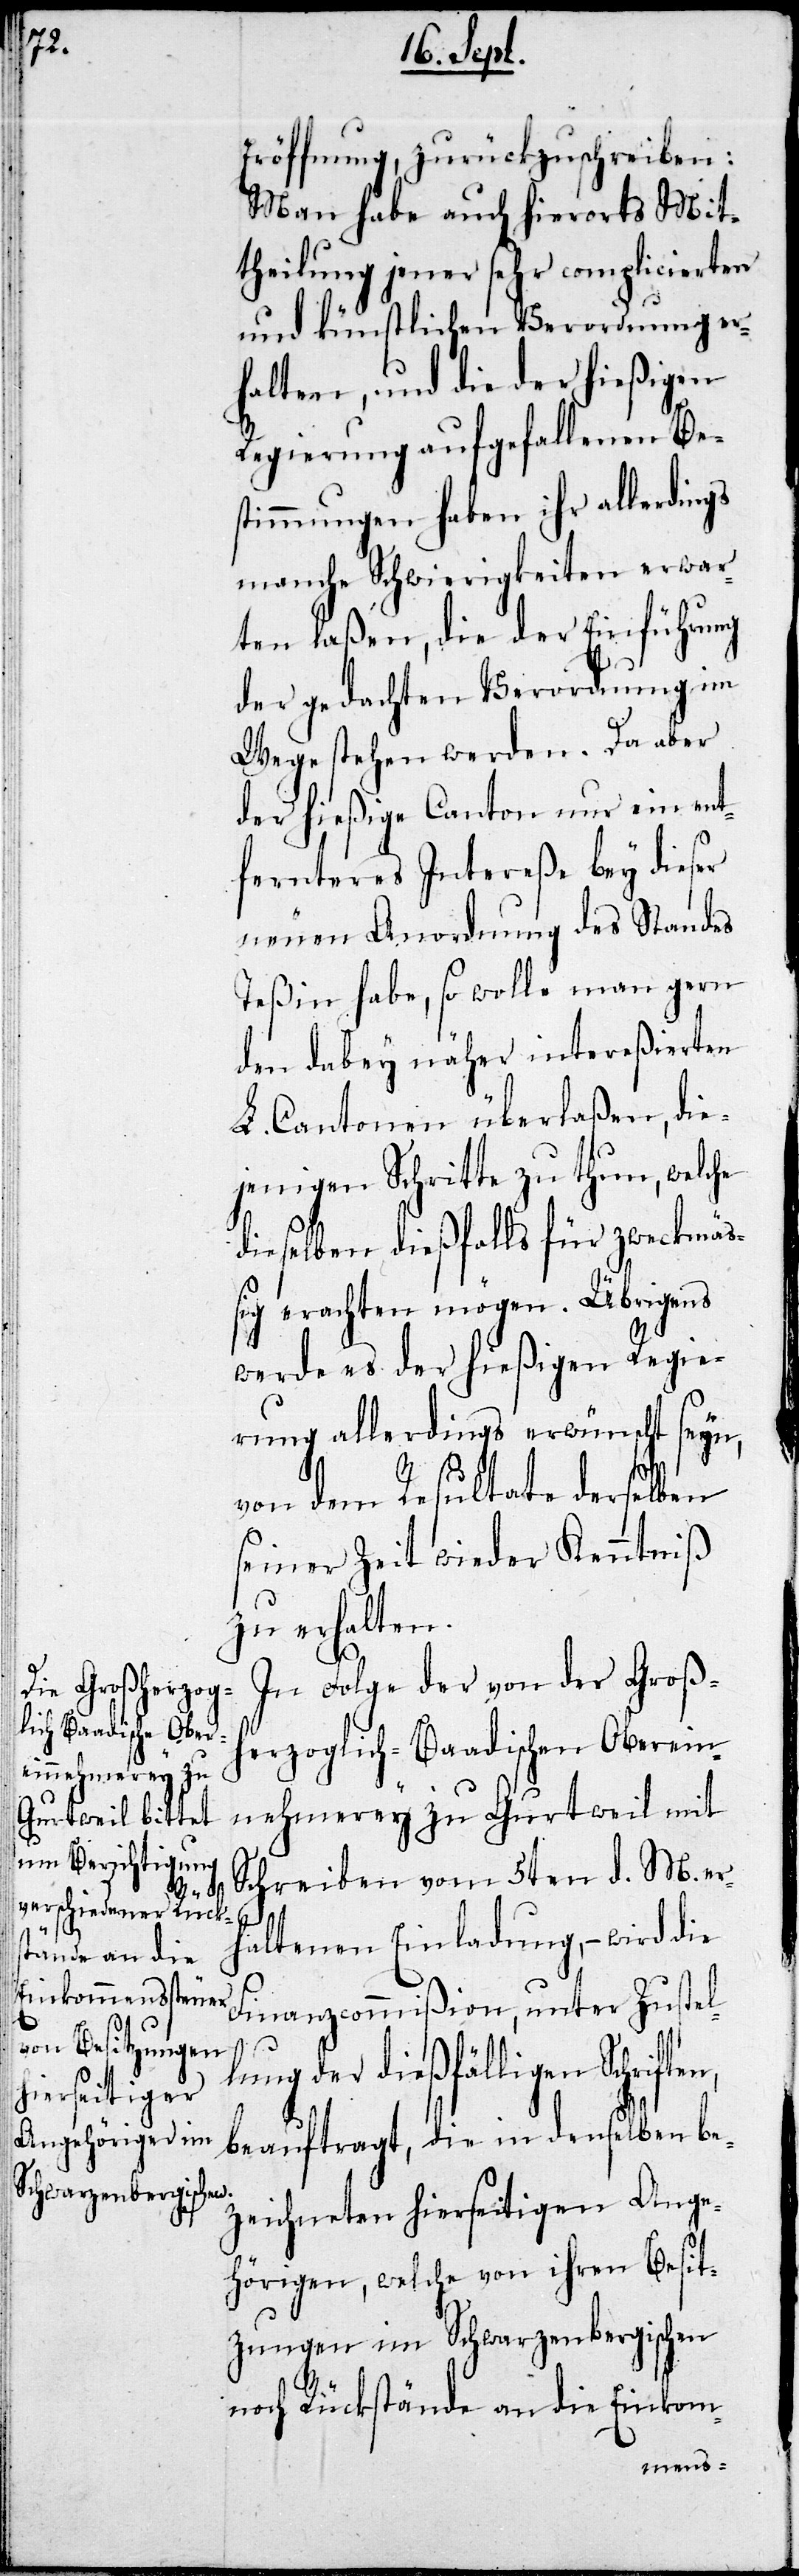
Eröffnung, zurückzuschreiben:
Man habe auch hierorts Mit¬
theilung jener sehr complicierten
und künstlichen Verordnung er¬
halten, und die der hießigen
Regierung aufgefallenen Be¬
stimmungen haben ihr allerdings
manche Schwierigkeiten erwar¬
ten laßen, die der Einführung
der gedachten Verordnung im
Wege stehen werden. Da aber
der hießige Canton nur ein ent¬
fernteres Intereße bey dieser
neuen Anordnung des Standes
Teßin habe, so wolle man gern
den dabey näher intereßierten
L. Cantonen überlaßen, die¬
jenigen Schritte zu thun, welche
dieselben dießfalls für zweckmäß¬
ig erachten mögen. Übrigens
werde es der hießigen Regie¬
rung allerdings erwünscht seyn,
von dem Resultat derselben
seiner Zeit wieder Kenntniß
zu erhalten.
n,
In Folge der von der Großh¬
erzoglich-Baadischen Oberein¬
nehmerey zu Gurtweil mit
Schreiben vom 5ten d. M. er¬
haltenen Einladung, – wird die
Finanzcommißion, unter Zustel¬
lung der dießfälligen Schrifte¬
beauftragt, die in denselben be¬
zeichneten hierseitigen Ange¬
hörigen, welche von ihren Besit¬
zungen im Schwarzenbergischen
noch Rückstände an die Einkom-